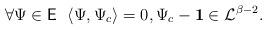
LaTeX: \begin{align*}\forall \Psi\in \mathsf E\ \ \langle \Psi, \Psi_c\rangle=0,\Psi_c- \mathbf 1\in\mathcal L^{\beta-2}.\end{align*}